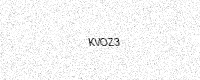
Text: KVOZ3